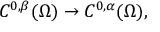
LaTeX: C ^ { 0 , \beta } ( \Omega ) \to C ^ { 0 , \alpha } ( \Omega ) ,